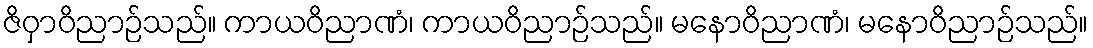
ဇိဝှာဝိညာဉ်သည်။ ကာယဝိညာဏံ၊ ကာယဝိညာဉ်သည်။ မနောဝိညာဏံ၊ မနောဝိညာဉ်သည်။